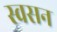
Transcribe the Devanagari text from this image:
स्वसन